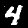
Digit: 4